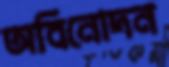
অবিনোদন